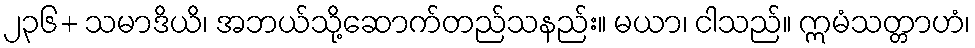
၂၃၆+ သမာဒိယိ၊ အဘယ်သို့ဆောက်တည်သနည်း။ မယာ၊ ငါသည်။ ဣမံသတ္တာဟံ၊